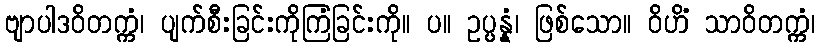
ဗျာပါဒဝိတက္ကံ၊ ပျက်စီးခြင်းကိုကြံခြင်းကို။ ပ။ ဥပ္ပန္နံ၊ ဖြစ်သော။ ဝိဟိံ သာဝိတက္ကံ၊